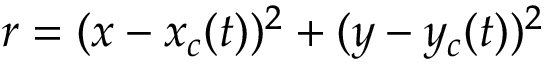
r = ( x - x _ { c } ( t ) ) ^ { 2 } + ( y - y _ { c } ( t ) ) ^ { 2 }